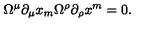
\Omega ^ { \mu } \partial _ { \mu } x _ { m } \Omega ^ { \rho } \partial _ { \rho } x ^ { m } = 0 .